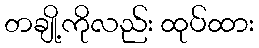
တချို့ကိုလည်း ထုပ်ထား